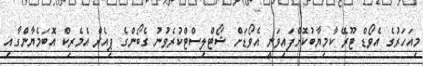
މިއަހަރުގެ އެވޯޑް ޓޫރޭ ކާމިޔާބުކޮށްފައިވަނީ އެވޯޑަށް ޝޯޓްލިސްޓްކުރެވުނު ގެބޯންގެ ޕިއެރް އެމެރިކް އޮބަމެޔާންގާއި